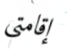
إقامتي